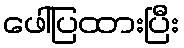
ဖေါ်ပြထားပြီး